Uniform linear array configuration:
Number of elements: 4
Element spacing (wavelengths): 1
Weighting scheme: hann
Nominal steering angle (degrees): -30
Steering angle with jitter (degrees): -28.888
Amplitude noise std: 0.05
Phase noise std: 0.05

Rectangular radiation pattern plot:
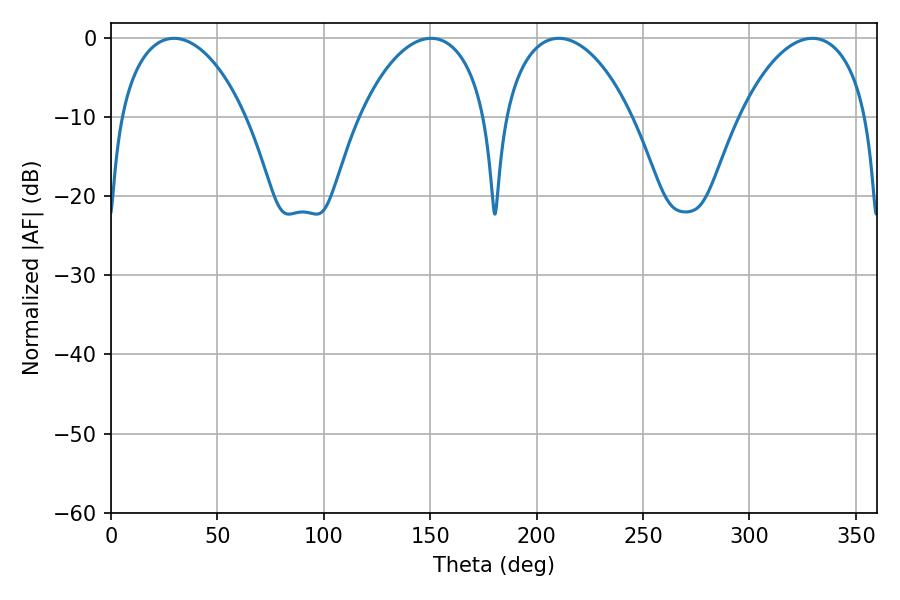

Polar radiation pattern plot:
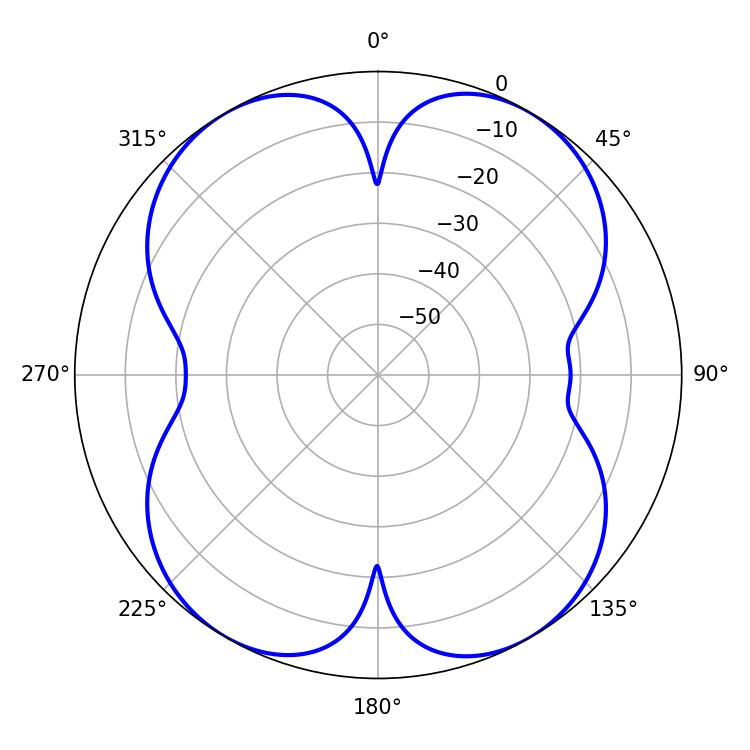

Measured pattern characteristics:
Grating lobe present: TRUE
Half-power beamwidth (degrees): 34.2
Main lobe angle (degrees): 210.42